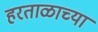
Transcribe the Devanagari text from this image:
हरताळाच्या